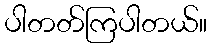
ပါတတ်ကြပါတယ်။